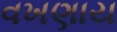
વખણાય